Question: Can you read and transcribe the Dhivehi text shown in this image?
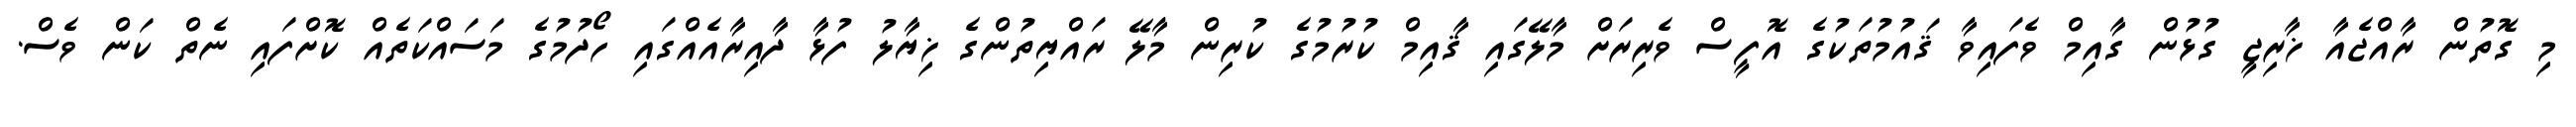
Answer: މި ގޮތުން ރާއްޖެއާ ޚާރިޖީ ގުޅުން ގާއިމް ވެފައިވާ ޤައުމުތަކުގެ އޮފީސް ވެރިރަށް މާލޭގައި ޤާއިމް ކުރުމުގެ ކުރިން މާލޭ ރައްޔިތުންގެ ޚިޔާލު ފުޅާ ދާއިރާއެއްގައި ހޯދުމުގެ މަސައްކަތެއް ކޮށްފައި ނެތް ކަން ވެސް.